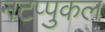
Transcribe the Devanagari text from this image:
नटप्पुकल